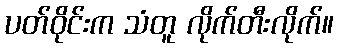
ပတ်ဝိုင်းက သံတူ လိုက်တီးလိုက်။